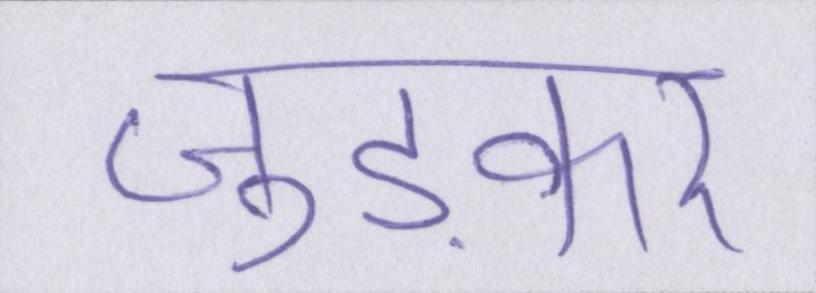
जुड़कर